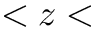
< z <